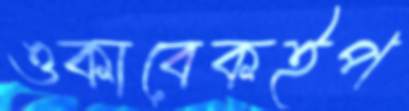
ওকাবেকইপ